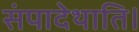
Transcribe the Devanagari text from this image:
संपादेथाति।